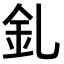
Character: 釓